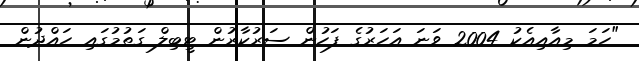
"ހަމަ މިއާއިއެކު 2004 ވަނަ އަހަރުގެ ފަހުން ސަރުކާރުން ޓީބިލް ގަތުމުގައި ހައްދުން